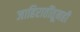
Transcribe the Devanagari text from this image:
जाहिरातींतूनही